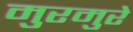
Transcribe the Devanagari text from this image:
मुरमुरे